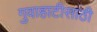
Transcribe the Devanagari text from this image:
गुवाहाटीसाठी